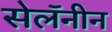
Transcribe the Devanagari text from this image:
सेलॅनीन